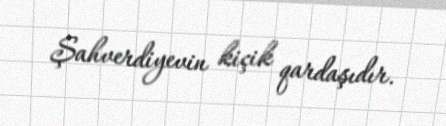
Şahverdiyevin kiçik qardaşıdır.